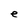
Character: e